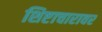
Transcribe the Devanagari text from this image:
शिष्टाचारावर